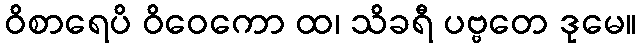
ဝိစာရေပိ ဝိဝေကော ထ၊ သိခရီ ပဗ္ဗတေ ဒုမေ။